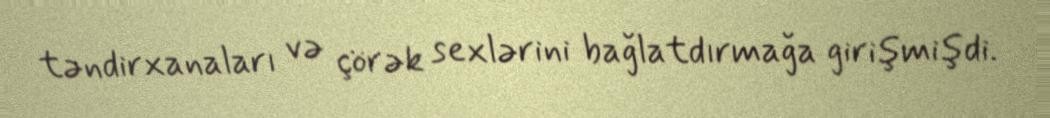
təndirxanaları və çörək sexlərini bağlatdırmağa girişmişdi.